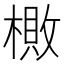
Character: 𬄎